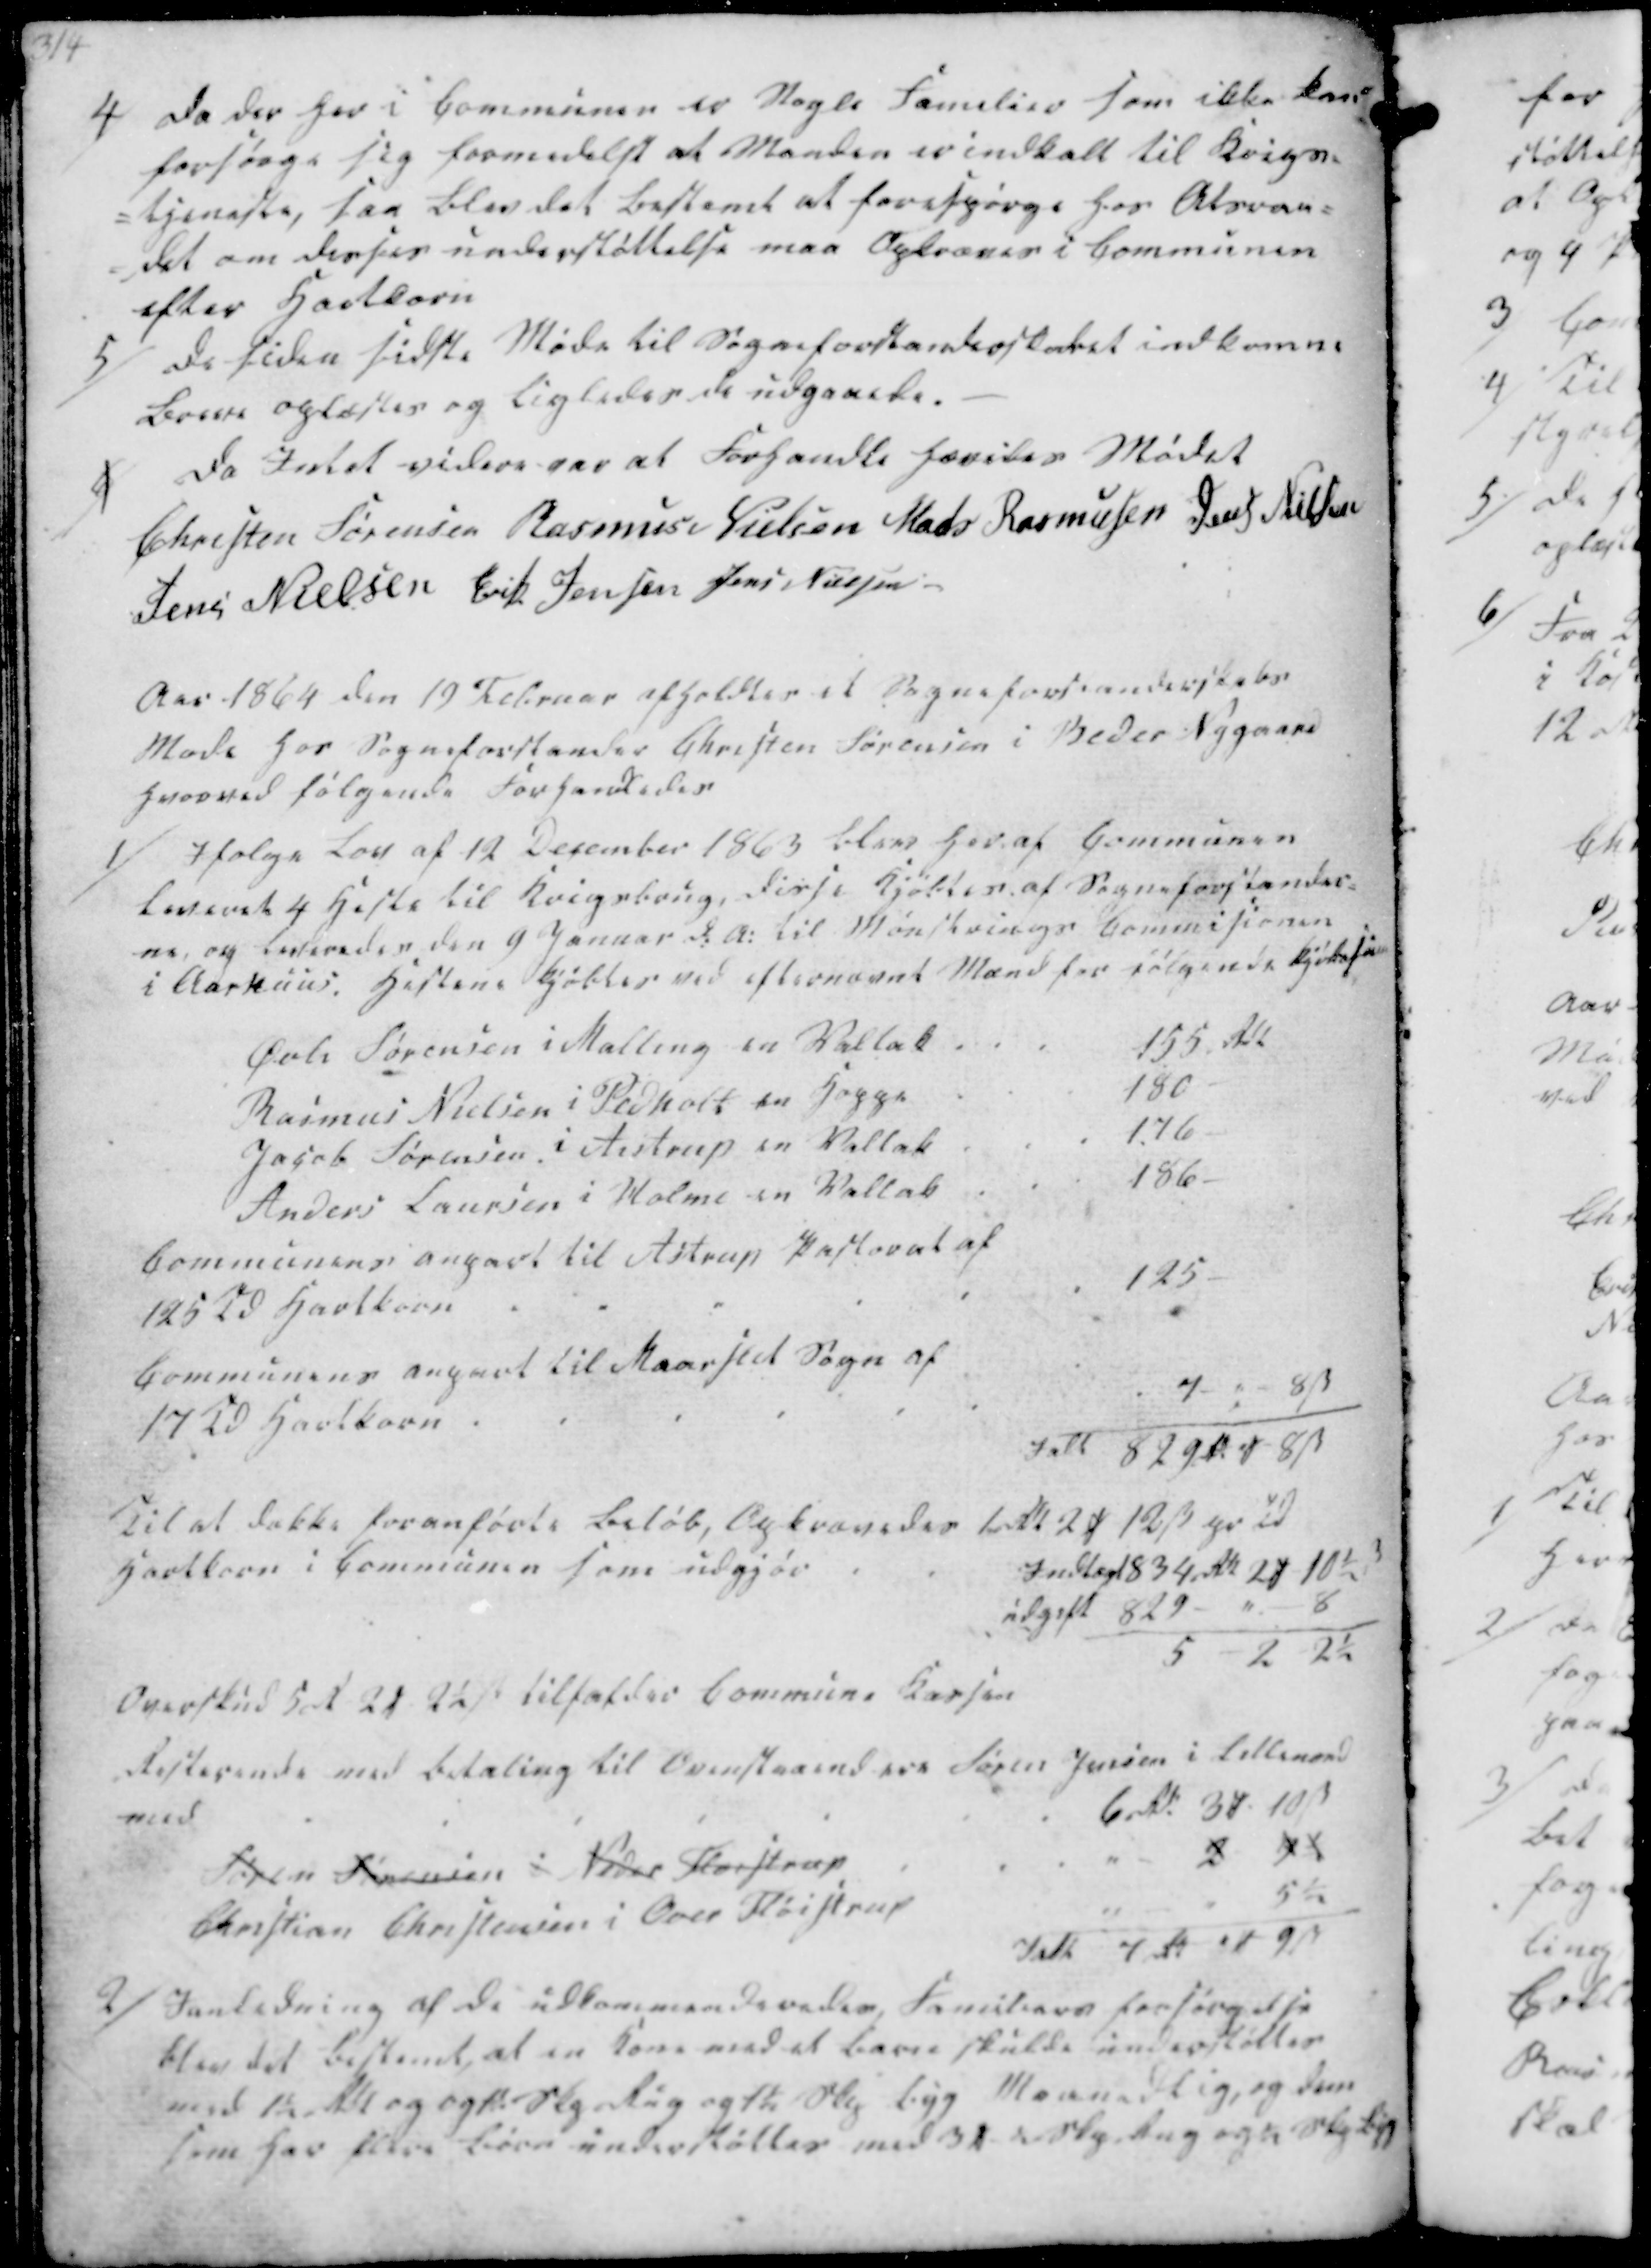
Transskription:
4/ Da der her i Communen er Nogle Familier som ikke kan
forsørge sig formedelst at Manden er indkalt til Krigs-
-tjeneste, saa blev det bestemt at forespørge hos Atsraa-
det om derhos understøttelse maa Opkræves i Communen
efter Hartkorn

5/ De siden sidste Møde til Sogneforstanderskabet indkomne
Breve oplæstes og ligeledes de udgaaede.

6/
Da Intet videre var at Forhandle hævedes Mødet
Christen Sørensen
Rasmus Nielsen
Mads Rasmussen
Jens Nielsen
Jens Nielsen
Erik Jensen
Jens Nielsen

Aar 1864 den 19 Februar afholdtes et Sogneforstanderskabs
Møde hos Sogneforstander Christen Sørensen i Beder Nygaard
hvorved følgende Forhandledes

1/ Ifolge Lov af 12 December 1863 blev her af Communen
leveret 4 Heste til Krigsbrug, disse kjøbtes af Sogneforstander-
ne, og levereden den 9 Januar d.A. til Mønskrings Commisionen
i Aarhuus. Hestene kjøbtes ved efternævnte Mænd for følgende Kjøbesum
Øvli Sørensen i Malling en Vallak.
155 Rdl
Rasmus Nielsen i Pedholt en Hoppe
180-
Jacob Sørensen i Aistrup en Vallak
176-
Anders Laursen i Holme en Vallak
186-
Communens anpart til Astrup Pastorat af
125 Td Hartkorn
125-
Communens anpart til Maarslet Sogn af
17 Td Hartkorn.
7 -"- 8 ẞ
Ialt 829 Rd 8 ẞ
Til at dække foranførte Beløb, Opkrævedes 1 Rd 2 ₻ 12 ẞ pr Td
Hartkorn i Communen som udgjør
Indtægt 834 Rdl 2 ₻ 10½ ẞ
udgift 829 -"- 8
5 - 2 - 2½
Overskud 5 Rd 2 ₻ 2½ ẞ tilfaldes Commune Kassen
Resterende med Betaling til Ovenstaaend ere Søren Jensen i Lillenord
med
6 Rd. 30 ₻ 10 ẞ
Søren Sørensen i Neder Fløistrup
2 4½
Christian Christensen i Over Fløistrup
5½
Ialt 7 Rd 3 ₻ 9 ẞ

2/ Ianledning af de udkommanderedes Familiers forsørgelse
blev det bestemt, at en Kone med et barn skulde understøttes
med 1½ Rdl og og 1½ Skp Rug og 1½ Skp Byg Maanedlig, og den
som har flere Børn understøttes med 3 ₻ ½ Skp Rug og ½ Skp Byg